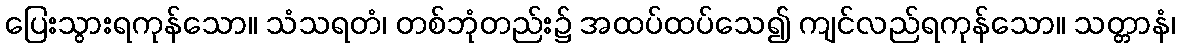
ပြေးသွားရကုန်သော။ သံသရတံ၊ တစ်ဘုံတည်း၌ အထပ်ထပ်သေ၍ ကျင်လည်ရကုန်သော။ သတ္တာနံ၊